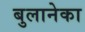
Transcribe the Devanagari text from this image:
बुलानेका